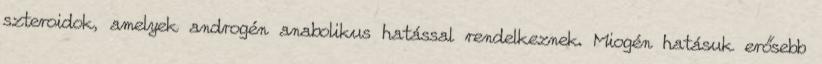
szteroidok, amelyek androgén anabolikus hatással rendelkeznek. Miogén hatásuk erősebb